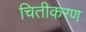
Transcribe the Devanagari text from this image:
चितीकरण